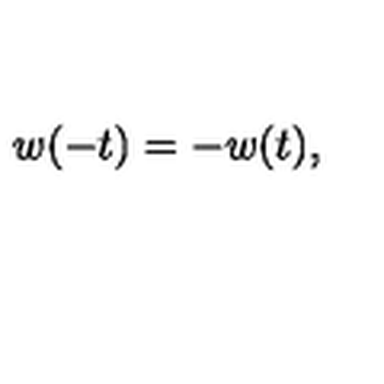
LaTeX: w ( - t ) = - w ( t ) ,